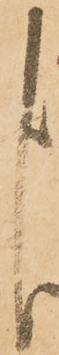
よ